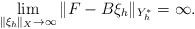
LaTeX: \begin{align*} \lim_{\Vert \xi_h \Vert_X \rightarrow\infty} \Vert F-B\xi_h \Vert_{Y_h^*} = \infty. \end{align*}